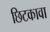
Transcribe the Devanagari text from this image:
छिटकावा